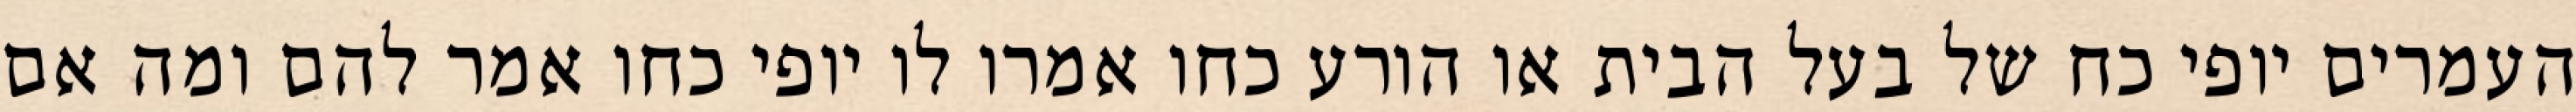
העמרים יופי כח של בעל הבית או הורע כחו אמרו לו יופי כחו אמר להם ומה אם